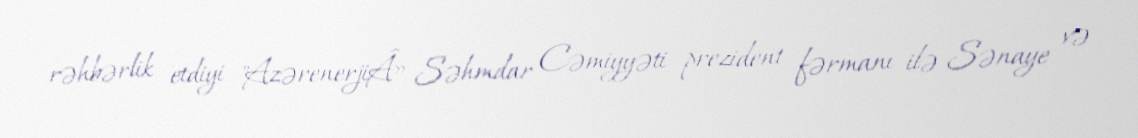
rəhbərlik etdiyi "AzərenerjiÂ» Səhmdar Cəmiyyəti prezident fərmanı ilə Sənaye və